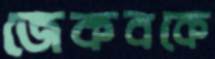
জেকবকে